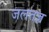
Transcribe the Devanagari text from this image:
जलतज्ञ